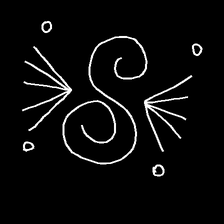
Glyph: aeroform